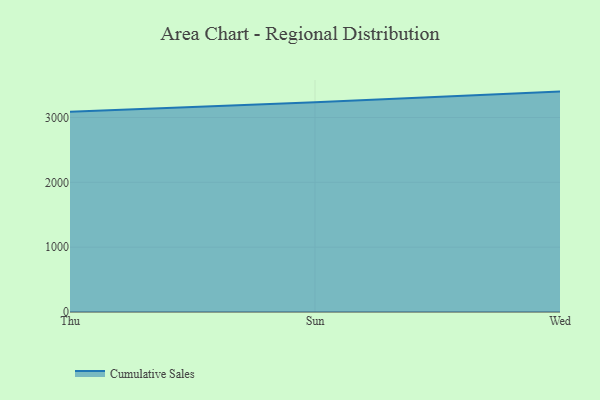
{"axis": {"x": "Day", "y": "Humidity (%)"}, "legend": ["Cumulative Sales"], "data": [{"x": "Thu", "y": 3087.5, "type": "Cumulative Sales"}, {"x": "Sun", "y": 3237.2, "type": "Cumulative Sales"}, {"x": "Wed", "y": 3399.8, "type": "Cumulative Sales"}]}